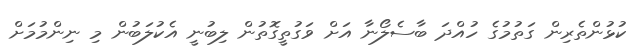
ކުޅުންތެރިން ގަތުމުގެ ހުއްދަ ބާސެލޯނާ އަށް ވަގުތީގޮތުން ލިބުނީ އެކުލަބުން މި ނިންމުމަށް